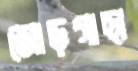
জোড়গাছা